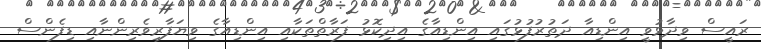
ރައީސް ވިދާޅުވީ އިންޑިއާ ދަތުރުފުޅުގައި އިންޑިއާގެ އިދިކޮޅު ފަރާތްތަކާއި އިންޑިއާގެ ވިޔަފާރިވެރިންނާއި ޑިފެންސް